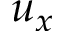
u _ { x }